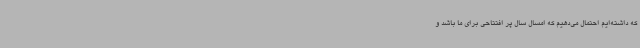
که داشته‌ایم احتمال می‌دهیم که امسال سال پر افتتاحی برای ما باشد و